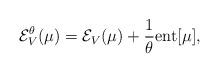
LaTeX: \begin{align*} \mathcal{E}_{V}^{\theta} (\mu) = \mathcal{E}_{V} (\mu) + \frac{1}{ \theta} {\rm ent}[\mu], \end{align*}